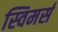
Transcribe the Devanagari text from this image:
स्विमर्स